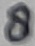
Text: 8